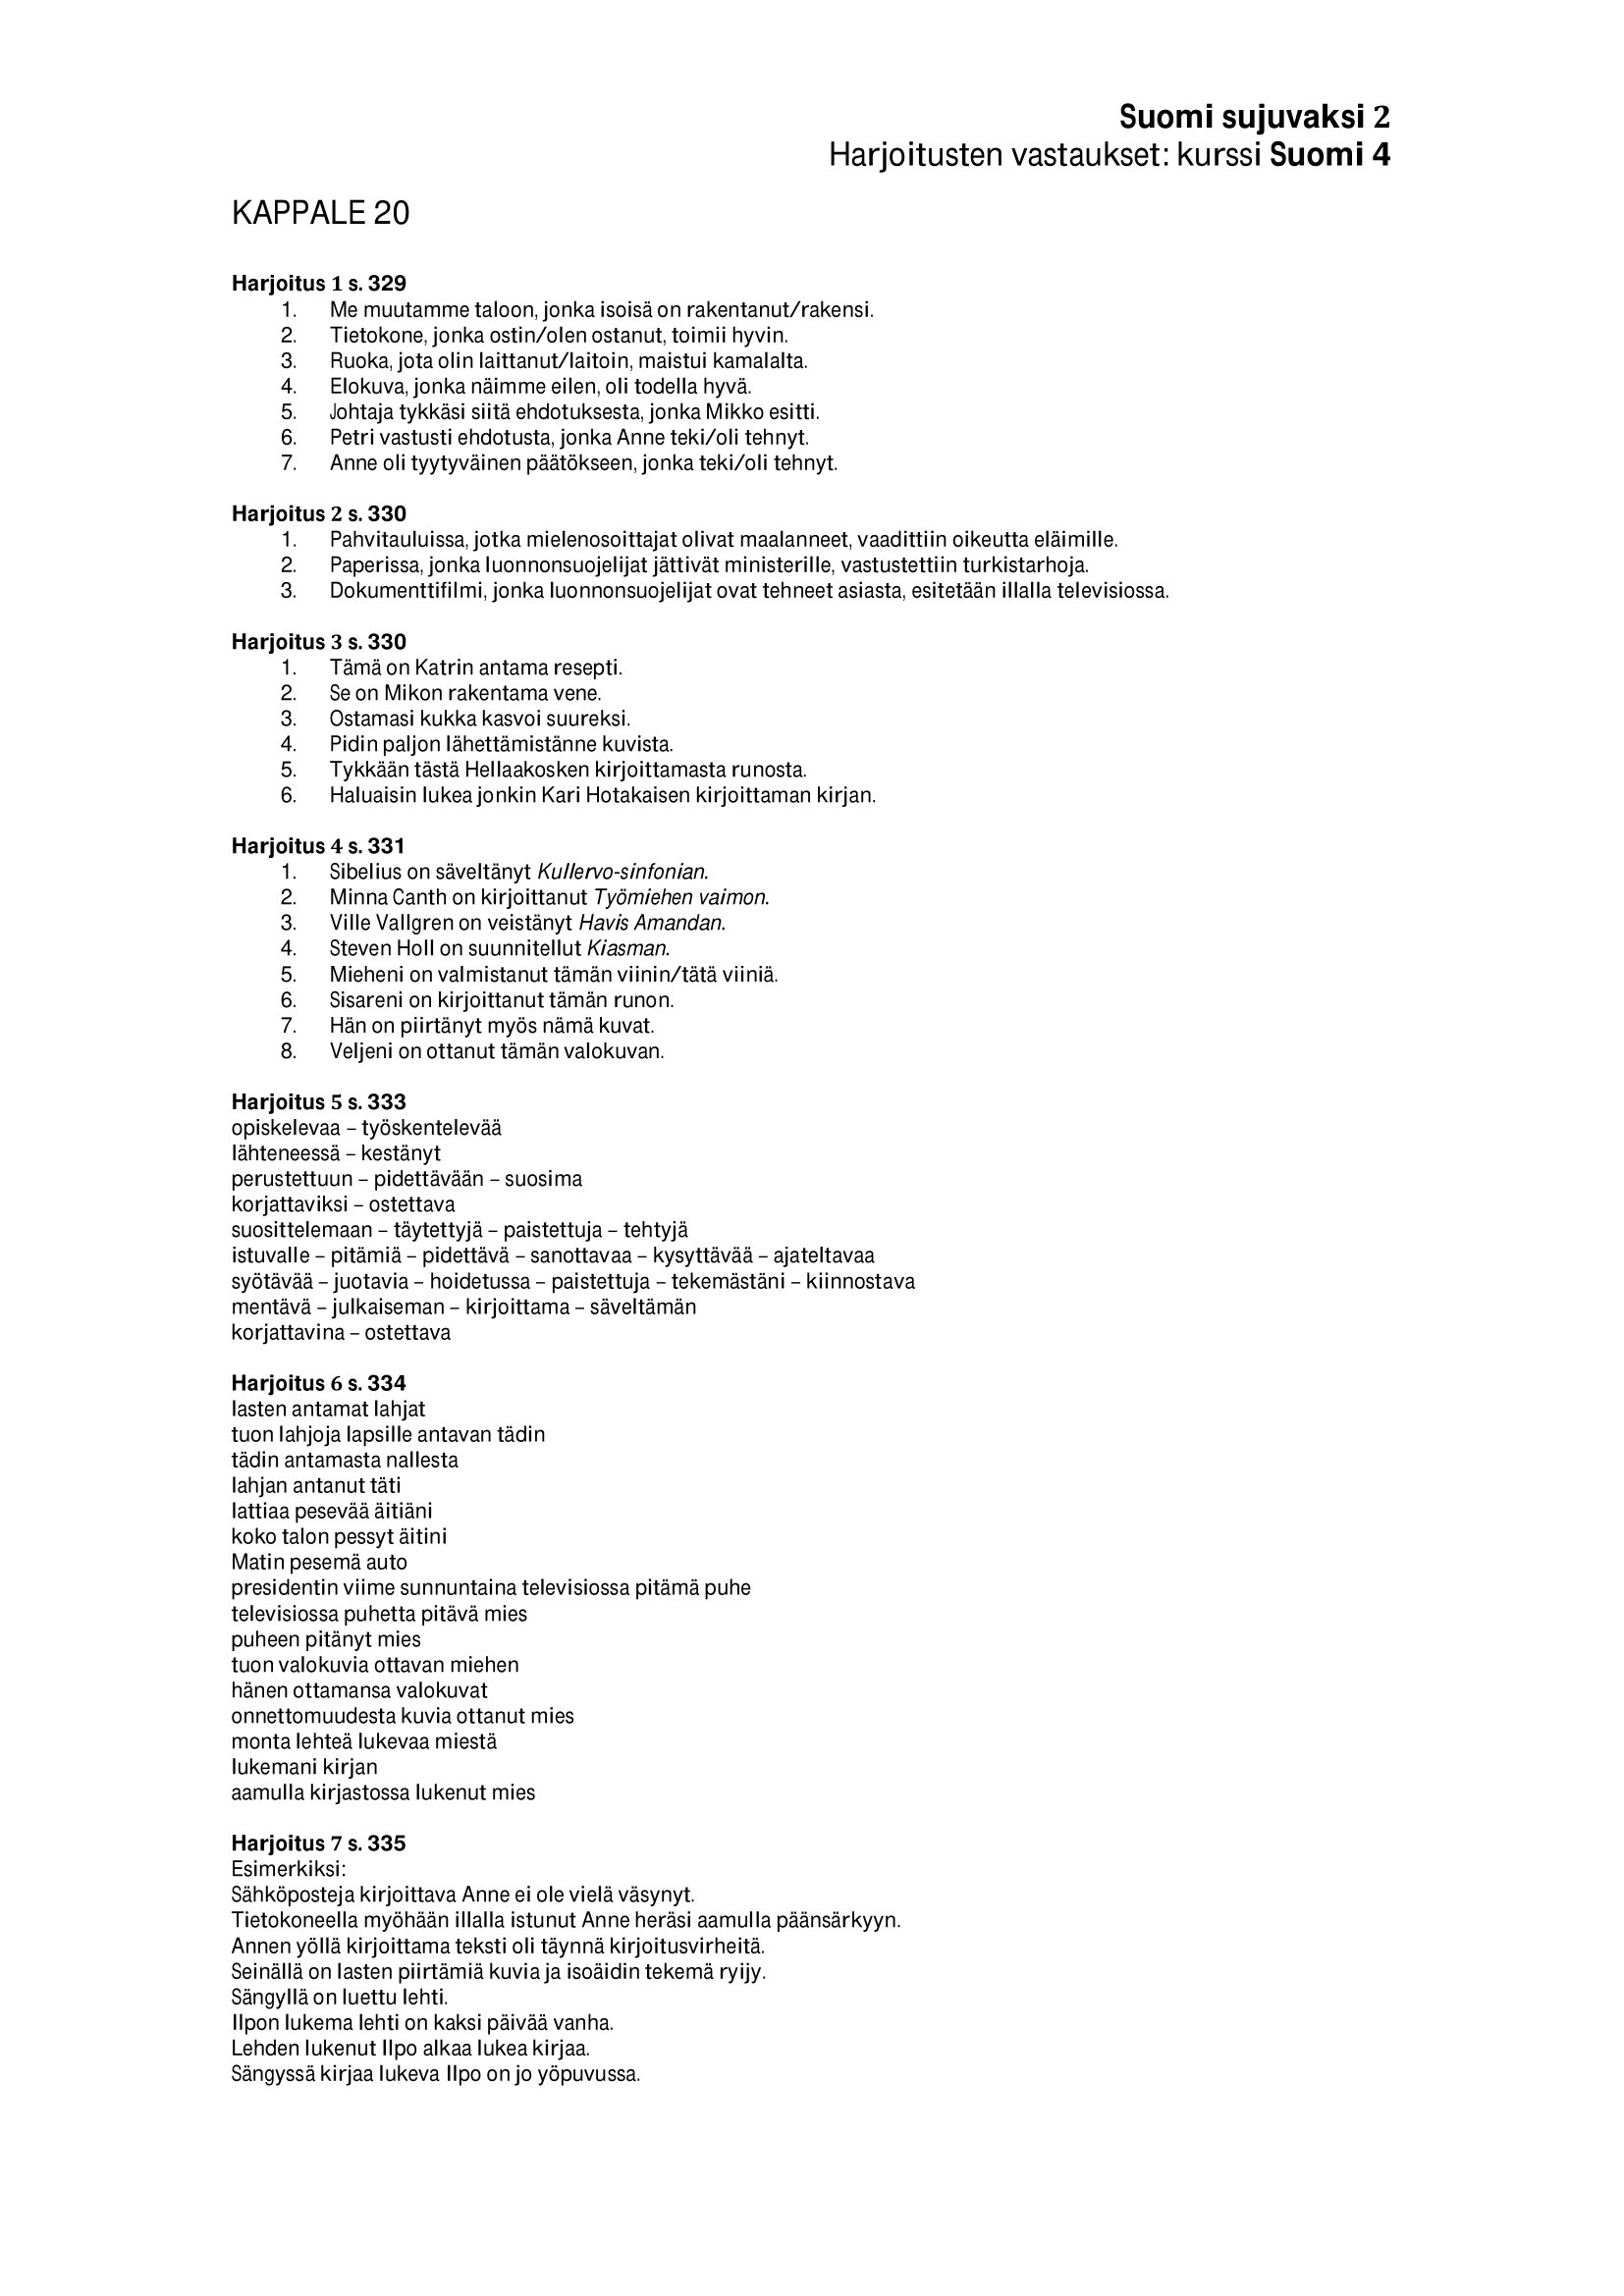
Language: fn